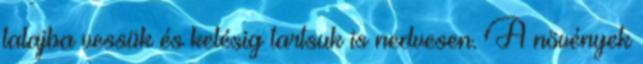
talajba vessük és kelésig tartsuk is nedvesen. A növények